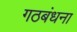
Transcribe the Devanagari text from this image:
गठबंधना